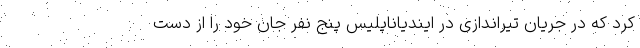
کرد که در جریان تیراندازی در ایندیاناپلیس پنج نفر جان خود را از دست